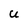
Character: U